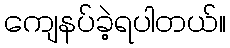
ကျေနပ်ခဲ့ရပါတယ်။